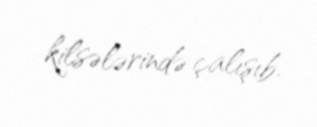
kilsələrində çalışıb.